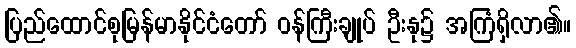
ပြည်ထောင်စုမြန်မာနိုင်ငံတော် ဝန်ကြီးချုပ် ဦးနု၌ အကြံရှိလာ၏။